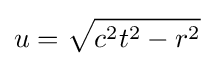
u={\sqrt {c^{2}t^{2}-r^{2}}}